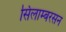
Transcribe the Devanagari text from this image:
सिलाम्बरसन